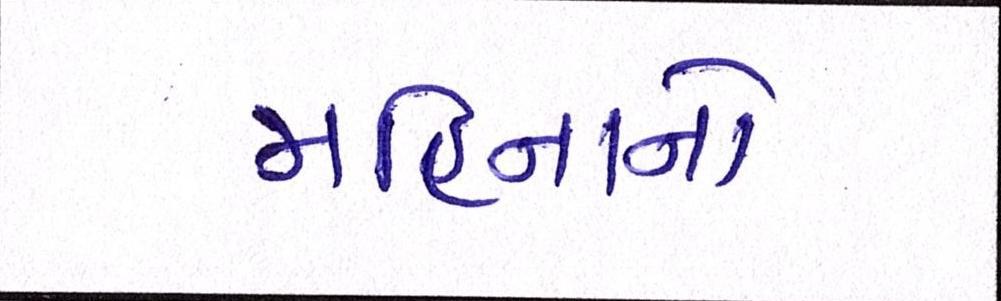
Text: મહિનાનો